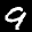
Label: 9